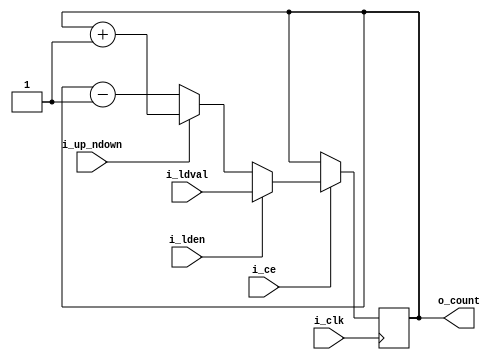
`timescale 1 ns / 1 ps

module libhdl_count
#(  parameter COUNT_LEN = 8)
(   input  wire                 i_clk,
    input  wire                 i_ce,
    input  wire                 i_lden,
    input  wire [COUNT_LEN-1:0] i_ldval,
    input  wire                 i_up_ndown,
    output reg  [COUNT_LEN-1:0] o_count);

always @ (posedge i_clk)
begin
    if (i_ce == 1'b1) begin
        if (i_lden == 1'b1) begin
            o_count <= i_ldval;
        end else begin
            o_count <= (i_up_ndown == 1'b1) ? o_count + 1 : o_count - 1;
        end
    end
end

endmodule